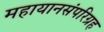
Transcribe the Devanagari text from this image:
महायानसंपरिग्रह